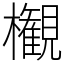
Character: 𣠤